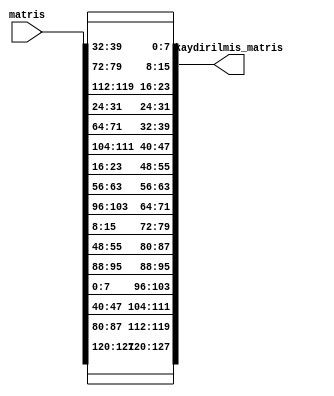
`timescale 1ns / 1ps

module Satir_Kaydirma(
        input [127:0] matris,
        output reg [127:0] kaydirilmis_matris
    );

    reg [31:0] satir0, satir1, satir2, satir3;
    reg [31:0] y_satir0, y_satir1, y_satir2, y_satir3;
    
    
    always @* begin
    
    satir0 = matris[127 : 96];//1.stn en soldaki 
    satir1 = matris[95 : 64];//2
    satir2 = matris[63 : 32];//3.
    satir3 = matris[31:0];//4.
    
    y_satir0 ={satir0[31:24], satir1[23:16], satir2[15:8], satir3[7:0]};//yeni 1. stn
    y_satir1 ={satir1[31:24], satir2[23:16], satir3[15:8], satir0[7:0]};//yeni 2. stn
    y_satir2 ={satir2[31:24], satir3[23:16], satir0[15:8], satir1[7:0]};//3.
    y_satir3 ={satir3[31:24], satir0[23:16], satir1[15:8], satir2[7:0]};//4.
    
    kaydirilmis_matris = {y_satir0, y_satir1, y_satir2, y_satir3};
    end
 endmodule